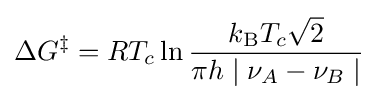
\Delta G^{\ddagger }=RT_{c}\ln {\frac {k_{\text{B}}T_{c}{\sqrt {2}}}{\pi h\mid \nu _{A}-\nu _{B}\mid }}